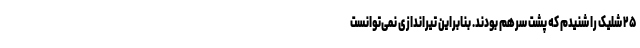
۲۵ شلیک را شنیدم که پشت سرهم بودند. بنابراین تیراندازی نمی‌توانست